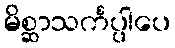
မိစ္ဆာသင်္ကပ္ပါပေ